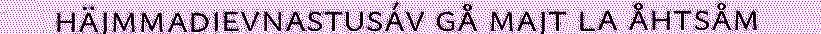
häjmmadievnastusáv gå majt la åhtsåm